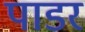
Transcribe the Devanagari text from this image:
पाडर